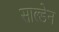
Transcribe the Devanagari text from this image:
साल्डेन